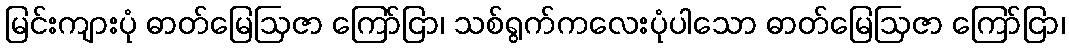
မြင်းကျားပုံ ဓာတ်မြေဩဇာ ကြော်ငြာ၊ သစ်ရွက်ကလေးပုံပါသော ဓာတ်မြေဩဇာ ကြော်ငြာ၊